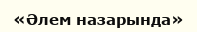
«Әлем назарында»